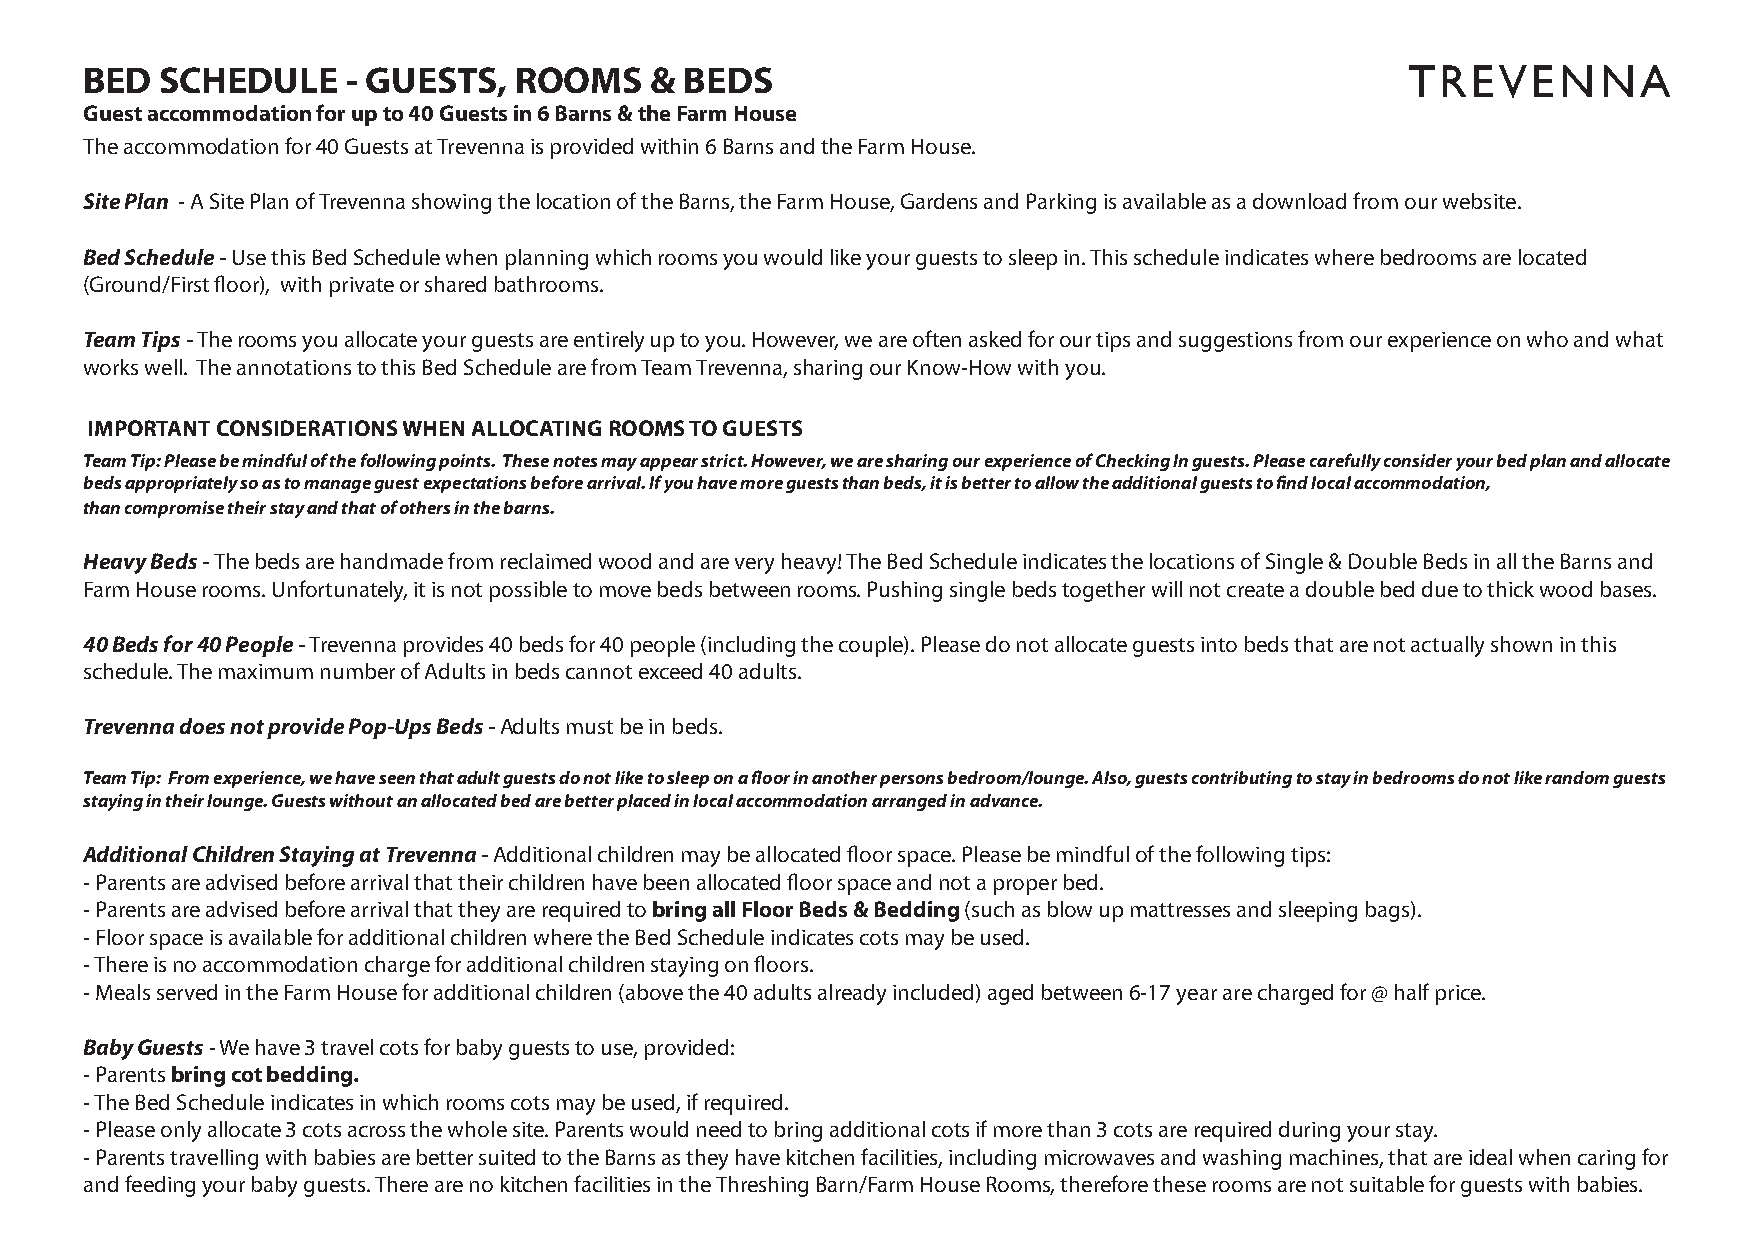
BED  SCHEDULE    - GUESTS,  ROOMS    & BEDS                                            TREVENNA
 Guest accommodation for up to 40 Guests in 6 Barns & the Farm House
 The accommodation for 40 Guests at Trevenna is provided within 6 Barns and the Farm House.
 Site Plan - A Site Plan of Trevenna showing the location of the Barns, the Farm House, Gardens and Parking is available as a download from our website.
 Bed Schedule - Use this Bed Schedule when planning which rooms you would like your guests to sleep in. This schedule indicates where bedrooms are located
 (Ground/First floor), with private or shared bathrooms.
 Team Tips - The rooms you allocate your guests are entirely up to you. However, we are often asked for our tips and suggestions from our experience on who and what
 works well. The annotations to this Bed Schedule are from Team Trevenna, sharing our Know-How with you.
 IMPORTANT CONSIDERATIONS WHEN ALLOCATING ROOMS TO GUESTS
 Team Tip: Please be mindful of the following points. These notes may appear strict. However, we are sharing our experience of Checking In guests. Please carefully consider your bed plan and allocate
 beds appropriately so as to manage guest expectations before arrival. If you have more guests than beds, it is better to allow the additional guests to find local accommodation,
 than compromise their stay and that of others in the barns.
 Heavy Beds - The beds are handmade from reclaimed wood and are very heavy! The Bed Schedule indicates the locations of Single & Double Beds in all the Barns and
 Farm House rooms. Unfortunately, it is not possible to move beds between rooms. Pushing single beds together will not create a double bed due to thick wood bases.
 40 Beds for 40 People - Trevenna provides 40 beds for 40 people (including the couple). Please do not allocate guests into beds that are not actually shown in this
 schedule. The maximum number of Adults in beds cannot exceed 40 adults.
 Trevenna does not provide Pop-Ups Beds - Adults must be in beds.
 Team Tip: From experience, we have seen that adult guests do not like to sleep on a floor in another persons bedroom/lounge. Also, guests contributing to stay in bedrooms do not like random guests
 staying in their lounge. Guests without an allocated bed are better placed in local accommodation arranged in advance.
 Additional Children Staying at Trevenna - Additional children may be allocated floor space. Please be mindful of the following tips:
 - Parents are advised before arrival that their children have been allocated floor space and not a proper bed.
 - Parents are advised before arrival that they are required to bring all Floor Beds & Bedding (such as blow up mattresses and sleeping bags).
 - Floor space is available for additional children where the Bed Schedule indicates cots may be used.
 - There is no accommodation charge for additional children staying on floors.
 - Meals served in the Farm House for additional children (above the 40 adults already included) aged between 6-17 year are charged for @ half price.
 Baby Guests - We have 3 travel cots for baby guests to use, provided:
 - Parents bring cot bedding.
 - The Bed Schedule indicates in which rooms cots may be used, if required.
 - Please only allocate 3 cots across the whole site. Parents would need to bring additional cots if more than 3 cots are required during your stay.
 - Parents travelling with babies are better suited to the Barns as they have kitchen facilities, including microwaves and washing machines, that are ideal when caring for
 and feeding your baby guests. There are no kitchen facilities in the Threshing Barn/Farm House Rooms, therefore these rooms are not suitable for guests with babies.